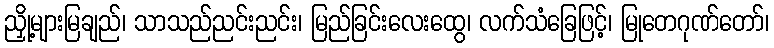
ညှို့များမြချည်၊ သာသည်ညင်းညင်း၊ မြည်ခြင်းလေးထွေ၊ လက်သံခြေဖြင့်၊ မြုတေဂုဏ်တော်၊